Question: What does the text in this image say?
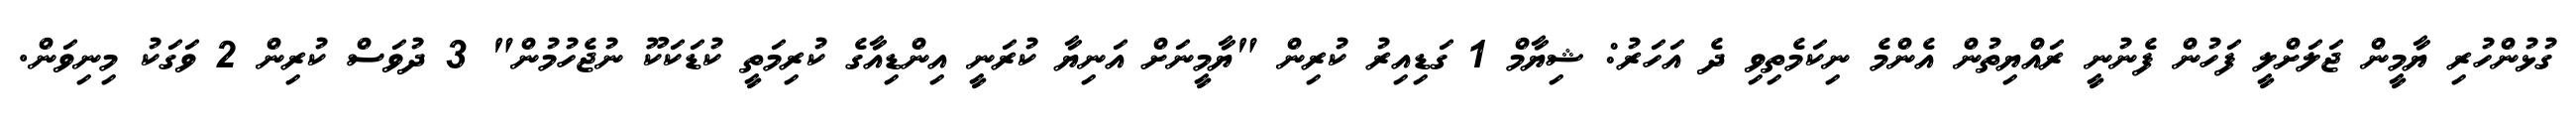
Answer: ގުޅުންހުރި ޔާމީން ޖަލަށްލީ ފަހުން ފެނުނީ ރައްޔިތުން އެންމެ ނިކަމެތިވި ދެ އަހަރު: ޝިޔާމް 1 ގަޑިއިރު ކުރިން "ޔާމީނަށް އަނިޔާ ކުރަނީ އިންޑިއާގެ ކުރިމަތީ ކުޑަކަކޫ ނުޖެހުމުން" 3 ދުވަސް ކުރިން 2 ވަގަކު މިނިވަން.